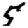
Digit: 5